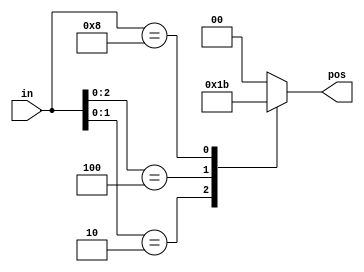
// https://hdlbits.01xz.net/wiki/Always_case2

// synthesis verilog_input_version verilog_2001
module top_module (
    input [3:0] in,
    output reg [1:0] pos  );

    always @(*) begin
        casex (in)
            4'bxxx1 : pos = 2'd0;
            4'bxx10 : pos = 2'd1;
            4'bx100 : pos = 2'd2;
            4'b1000 : pos = 2'd3;
            default: pos = 2'd0;
        endcase
    end

endmodule